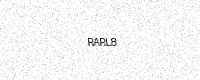
Text: RARL8